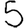
Digit: 5